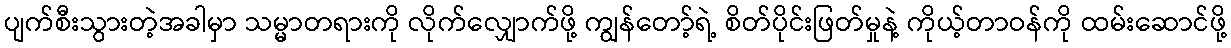
ပျက်စီးသွားတဲ့အခါမှာ သမ္မာတရားကို လိုက်လျှောက်ဖို့ ကျွန်တော့်ရဲ့ စိတ်ပိုင်းဖြတ်မှုနဲ့ ကိုယ့်တာဝန်ကို ထမ်းဆောင်ဖို့